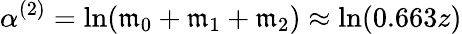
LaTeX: \alpha^{(2)}=\ln(\mathfrak{m}_{0}+\mathfrak{m}_{1}+\mathfrak{m}_{2})\approx\ln(0.663z)